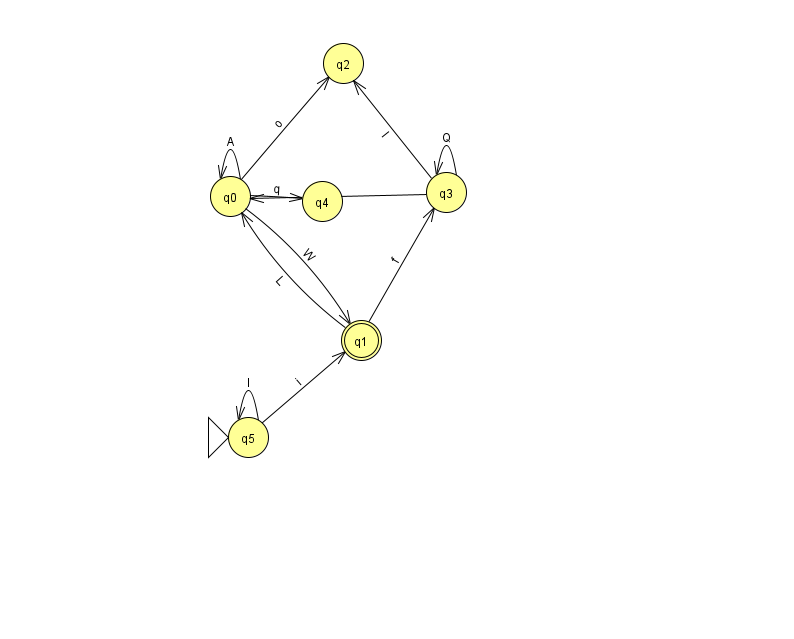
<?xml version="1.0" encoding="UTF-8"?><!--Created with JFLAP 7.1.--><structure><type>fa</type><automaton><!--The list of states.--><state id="0" name="q0"><x>230.0</x><y>183.0</y></state><state id="1" name="q1"><x>361.0</x><y>327.0</y><final/></state><state id="2" name="q2"><x>343.0</x><y>50.0</y></state><state id="3" name="q3"><x>446.0</x><y>179.0</y></state><state id="4" name="q4"><x>322.0</x><y>188.0</y></state><state id="5" name="q5"><x>248.0</x><y>424.0</y><initial/></state><!--The list of transitions.--><transition><from>0</from><to>0</to><read>A</read></transition><transition><from>3</from><to>3</to><read>Q</read></transition><transition><from>0</from><to>1</to><read>W</read></transition><transition><from>5</from><to>1</to><read>i</read></transition><transition><from>3</from><to>2</to><read>I</read></transition><transition><from>1</from><to>0</to><read>L</read></transition><transition><from>0</from><to>2</to><read>o</read></transition><transition><from>5</from><to>5</to><read>l</read></transition><transition><from>0</from><to>4</to><read>q</read></transition><transition><from>1</from><to>3</to><read>f</read></transition><transition><from>3</from><to>0</to><read>c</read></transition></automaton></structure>